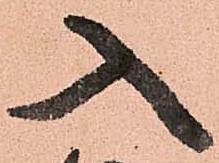
入